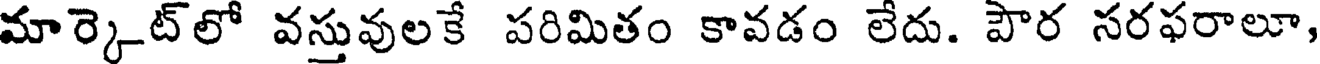
మార్కెట్లో వస్తువులకే పరిమితం కావడం లేదు. పౌర సరఫరాలూ